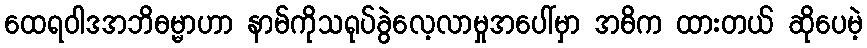
ထေရဝါဒအဘိဓမ္မာဟာ နာမ်ကိုသရုပ်ခွဲလေ့လာမှုအပေါ်မှာ အဓိက ထားတယ် ဆိုပေမဲ့